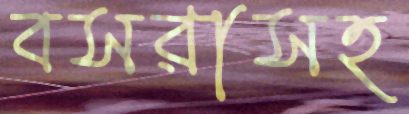
বসরাসহ